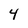
Character: 4